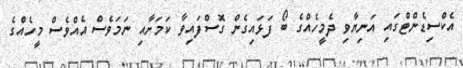
އެކްސިޑެންޓްގައި އަނިޔާވި ދެމީހެއްގެ ބޯ ފަޅައިގެން ގޮސްފައިވާ ކަމަށާއި ނަމަވެސް އެއްވެސް މީހެއްގެ